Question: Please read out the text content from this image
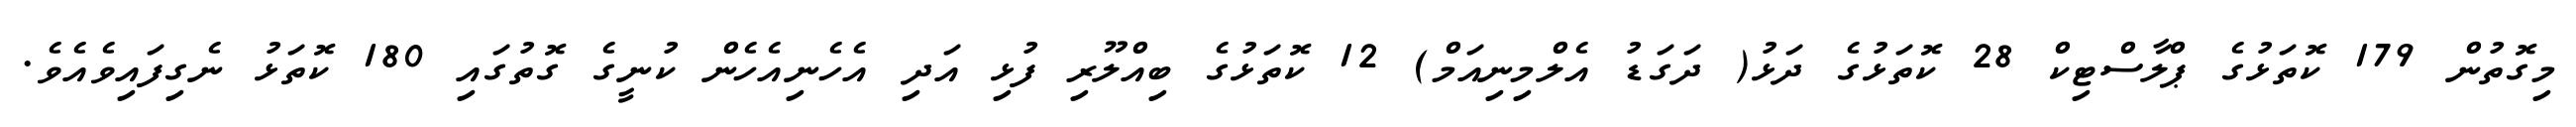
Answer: މިގޮތުން 179 ކޮތަޅުގެ ޕްލާސްޓިކް 28 ކޮތަޅުގެ ދަޅު( ދަގަޑު އެލްމިނިއަމް) 12 ކޮތަޅުގެ ބިއްލޫރި ފުޅި އަދި އެހެނިއެހެން ކުނީގެ ގޮތުގައި 180 ކޮތަޅު ނެގިފައިވެއެވެ.